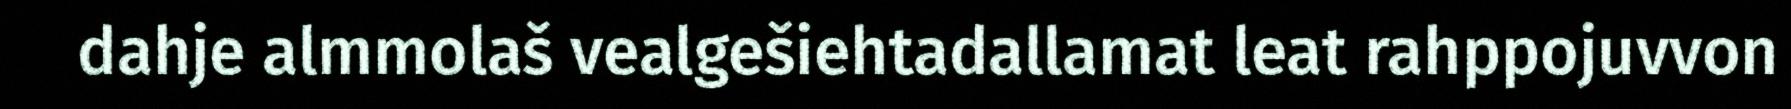
dahje almmolaš vealgešiehtadallamat leat rahppojuvvon